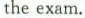
the exam.